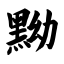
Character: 黝